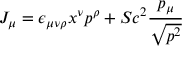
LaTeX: J _ { \mu } = \epsilon _ { \mu \nu \rho } x ^ { \nu } p ^ { \rho } + S c ^ { 2 } \frac { p _ { \mu } } { \sqrt { p ^ { 2 } } }